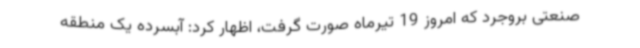
صنعتی بروجرد که امروز 19 تیرماه صورت گرفت، اظهار کرد: آبسرده یک منطقه